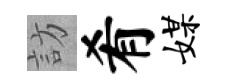
訪肴媒